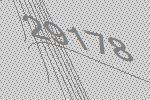
29178